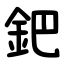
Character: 鈀